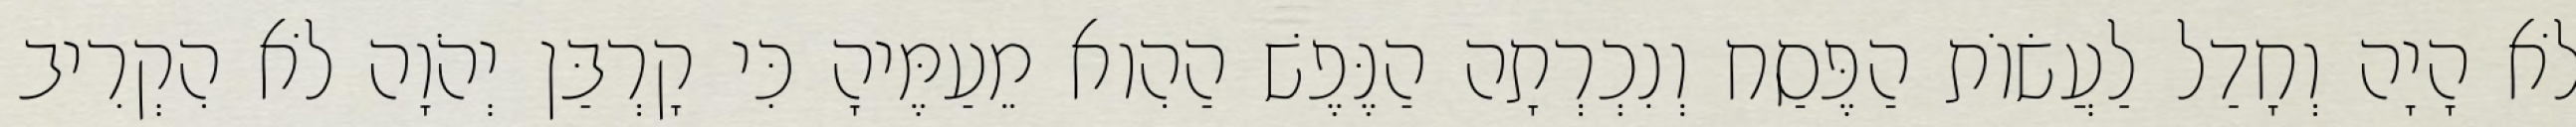
לֹא הָיָה וְחָדַל לַעֲשׂוֹת הַפֶּסַח וְנִכְרְתָה הַנֶּפֶשׁ הַהִוא מֵעַמֶּיהָ כִּי קָרְבַּן יְהֹוָה לֹא הִקְרִיב